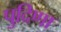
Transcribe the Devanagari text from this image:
पुदिणा